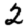
Digit: 2